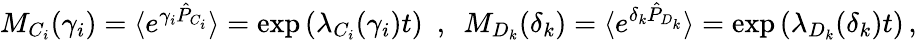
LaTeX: \begin{array}{r}{M_{C_{i}}(\gamma_{i})=\langle e^{\gamma_{i}\hat{P}_{C_{i}}}\rangle=\exp\left(\lambda_{C_{i}}(\gamma_{i})t\right)~~,~~M_{D_{k}}(\delta_{k})=\langle e^{\delta_{k}\hat{P}_{D_{k}}}\rangle=\exp\left(\lambda_{D_{k}}(\delta_{k})t\right)\, ,}\end{array}